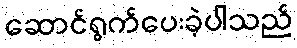
ဆောင်ရွက်ပေးခဲ့ပါသည်